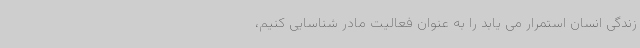
زندگی انسان استمرار می یابد را به عنوان فعالیت مادر شناسایی کنیم،